Lunatic asylums United Prov. 1922-30 - 1922-1930
Year: 1922
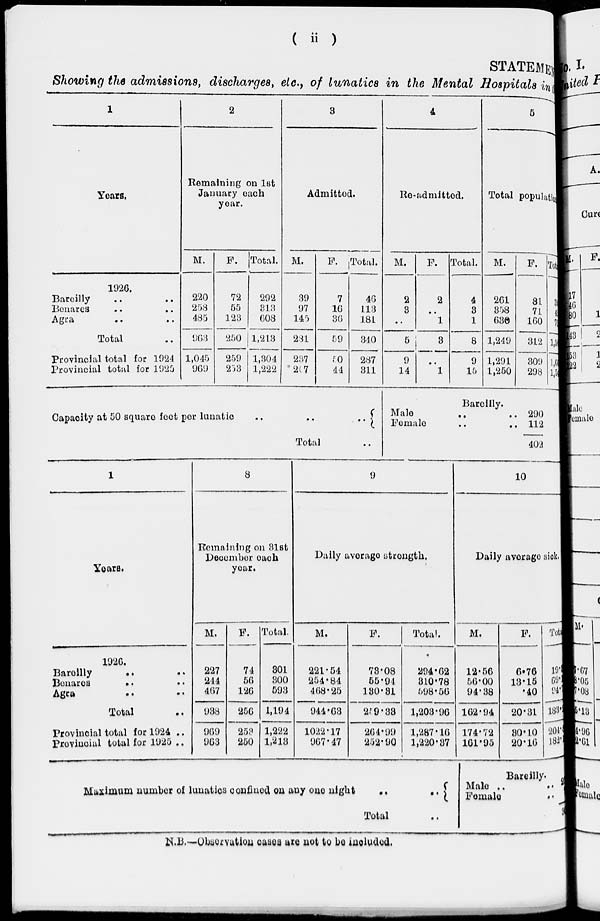
( ii )
STATEMENT
Showing the admissions, discharges, etc., of lunatics in the Mental Hospitals in
1
Years.
1926.
Bareilly .. ..
Benares
..
..
Agra .. ..
Total ..
Provincial total for 1924
Provincial total for 1925
2
Remaining on 1st
January each
year.
M.
220
258
485
963
1,045
969
F.
72
55
123
250
259
253
Total.
292
313
608
1,213
1,304
1,222
3
Admitted.
M.
39
97
145
281
237
207
F.
7
16
36
59
50
44
Total.
46
113
181
340
287
311
4
Re-admitted.
M.
2
3
..
5
9
14
F.
2
..
1
3
..
1
Total.
4
3
1
8
9
15
Total population
M.
261
358
630
1,249
1,291
1,250
F.
81
71
160
312
309
298
Tot al
3
4
79
1, 56
1,60
1,54
Capacity at 50 square feet per lunatic
..
..
..
Total ..
Bareilly.
Male .. ..
Female .. ..
290
112
402
1
Years.
1926.
Bareilly .. ..
Benares .. ..
Agra .. ..
Total ..
Provincial total for 1924 ..
Provincial total for 1925 ..
8
Remaining on 31st
December each
year.
M.
227
244
467
938
969
963
F.
74
56
126
256
253
250
Total.
301
300
593
1,194
1,222
1,213
9
Daily average strength.
M.
221.54
254.84
468.25
944.63
1022.17
967.47
F.
73.08
55.94
130.31
259.38
264.99
252.90
Total.
294.62
310.78
598.56
1,203.96
1,287.16
1,220.37
10
Daily average sick.
M.
12.56
56.00
94.38
162.94
174.72
161.95
F.
6.76
13.15
.40
20.31
30.10
20.16
Total
19.
69.
94.
133.
204.
182.
Maximum number of lunatics confined on any one night .. ..
Total ..
Bareilly.
Male .. ..
Female ..
3
N.B.—Observation cases are not to be included.